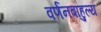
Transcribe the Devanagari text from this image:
वर्णनबाहुल्य